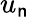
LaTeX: u_{\mathsf{n}}